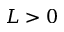
L > 0